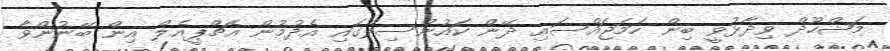
މަޝްހޫދް ވިދާޅުވީ ބިން ހަމަޖައްސައި ދޭން ކައުންސިލްގައި އެދުމުން އެޗްޕީއެލް އިން ބޭނުންވާ